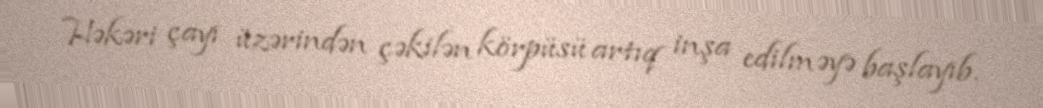
Həkəri çayı üzərindən çəkilən körpüsü artıq inşa edilməyə başlayıb.